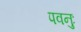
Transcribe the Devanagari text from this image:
पवनुः